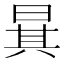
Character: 𣇳